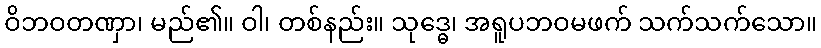
ဝိဘဝတဏှာ၊ မည်၏။ ဝါ၊ တစ်နည်း။ သုဒ္ဓေ၊ အရူပဘဝမဖက် သက်သက်သော။